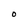
Character: O